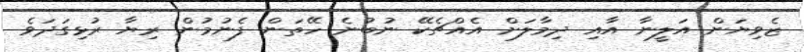
ޒެވިޔަން އަލީނާ އާއި ދިމާލަށް އެއްޗެކޭ ނުބުނެ ހޭތަން ފެނުމުން ރިޔާ ރުޅިގަދަވެ